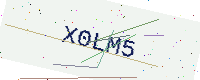
Text: X0LM5